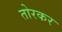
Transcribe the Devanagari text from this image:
तोरकर